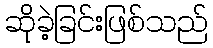
ဆိုခဲ့ခြင်းဖြစ်သည်